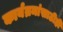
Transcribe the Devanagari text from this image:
कार्यम्रमांसाठीही